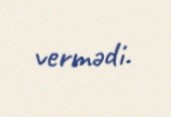
vermədi.